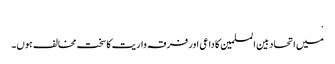
.
میں اتحاد بین المسلمین کا داعی اور فرقہ واریت کا سخت مخالف ہوں۔